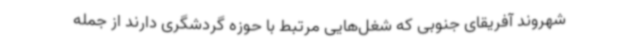
شهروند آفریقای جنوبی که شغل‌هایی مرتبط با حوزه گردشگری دارند از جمله